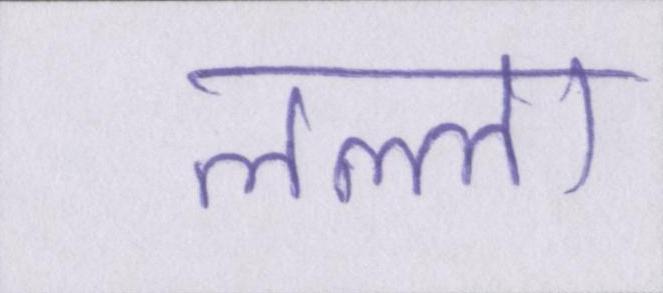
लल्ला